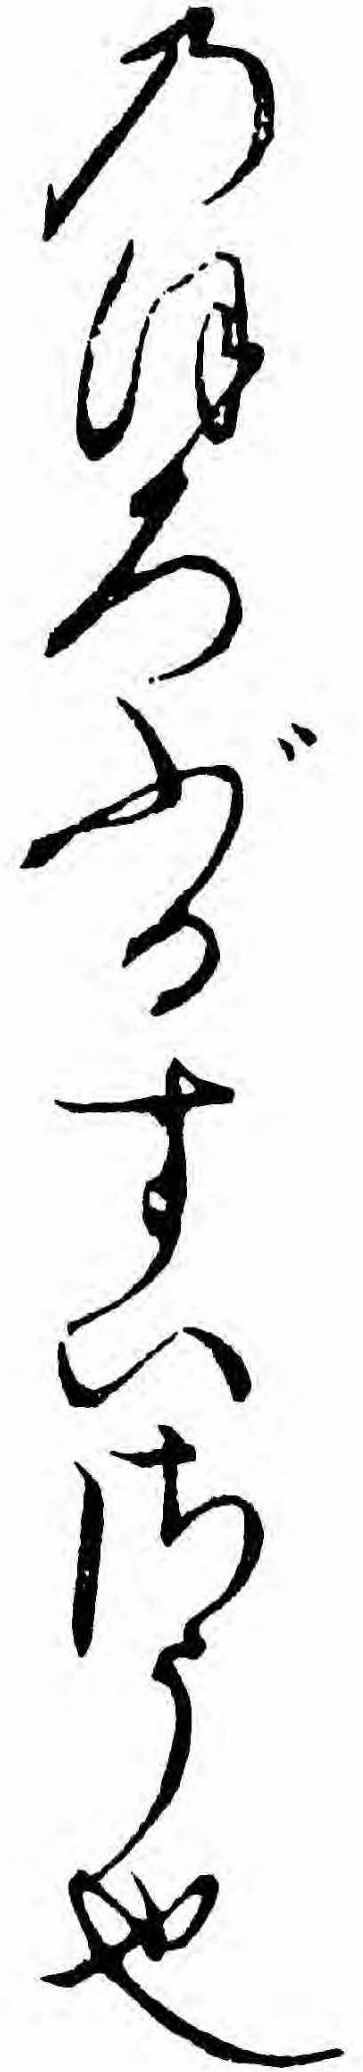
のほろぶるすいさう也